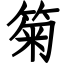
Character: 𥮗